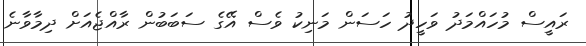
ރައީސް މުހައްމަދު ވަހީދު ހަސަން މަނިކު ވެސް އޭގެ ސަބަބުން ރާއްޖެއަށް ދިމާވާނެ